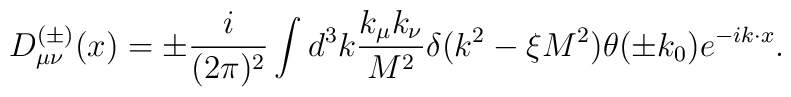
D_{\mu\nu}^{(\pm )}(x)=\pm \frac{i}{(2\pi)^2}\int d^3k \frac{k_{\mu}k_{\nu}}{M^2}\delta (k^2-\xi M^2)\theta (\pm k_0)e^{-ik\cdot x}.